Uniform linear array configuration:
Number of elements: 8
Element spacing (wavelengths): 1
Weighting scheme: binomial
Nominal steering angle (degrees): -60
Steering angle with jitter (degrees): -61.909
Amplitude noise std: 0.05
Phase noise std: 0.05

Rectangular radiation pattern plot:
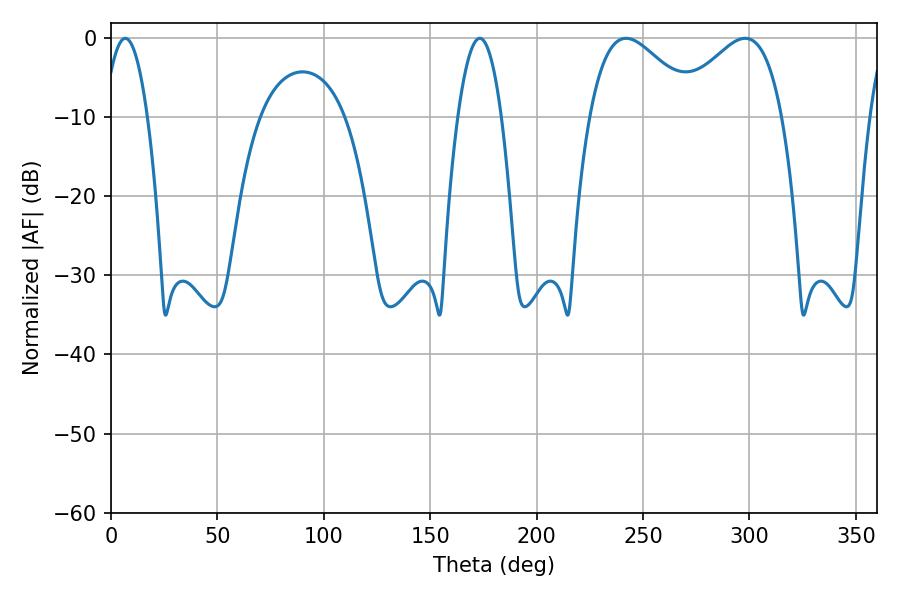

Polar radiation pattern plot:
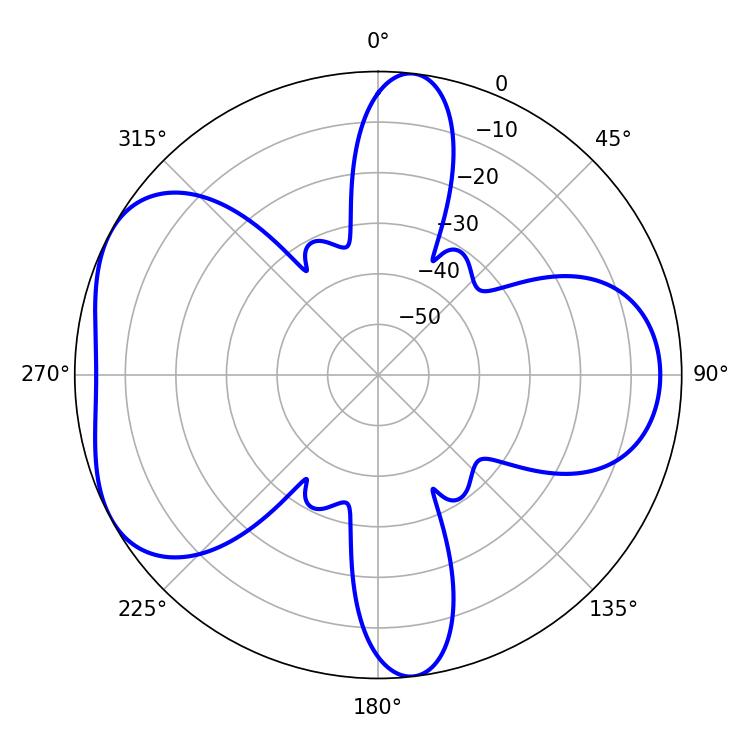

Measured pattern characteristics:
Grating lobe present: TRUE
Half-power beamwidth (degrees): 27.36
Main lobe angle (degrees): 242.1